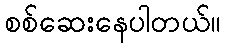
စစ်ဆေးနေပါတယ်။